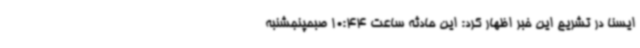
ایسنا در تشریح این خبر اظهار کرد: این حادثه ساعت 10:44 صبحپنجشنبه